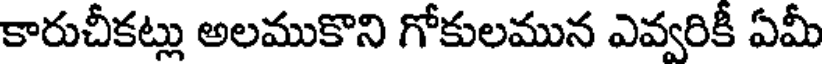
కారుచీకట్లు అలముకొని గోకులమున ఎవ్వరికీ ఏమీ